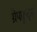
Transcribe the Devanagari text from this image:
ग्रेपफ्रूट्स